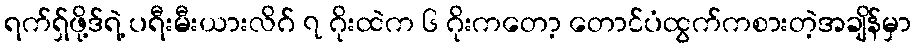
ရက်ရှ်ဖို့ဒ်ရဲ့ ပရီးမီးယားလိဂ် ၇ ဂိုးထဲက ၆ ဂိုးကတော့ တောင်ပံထွက်ကစားတဲ့အချိန်မှာ